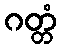
ဂတ္တံ